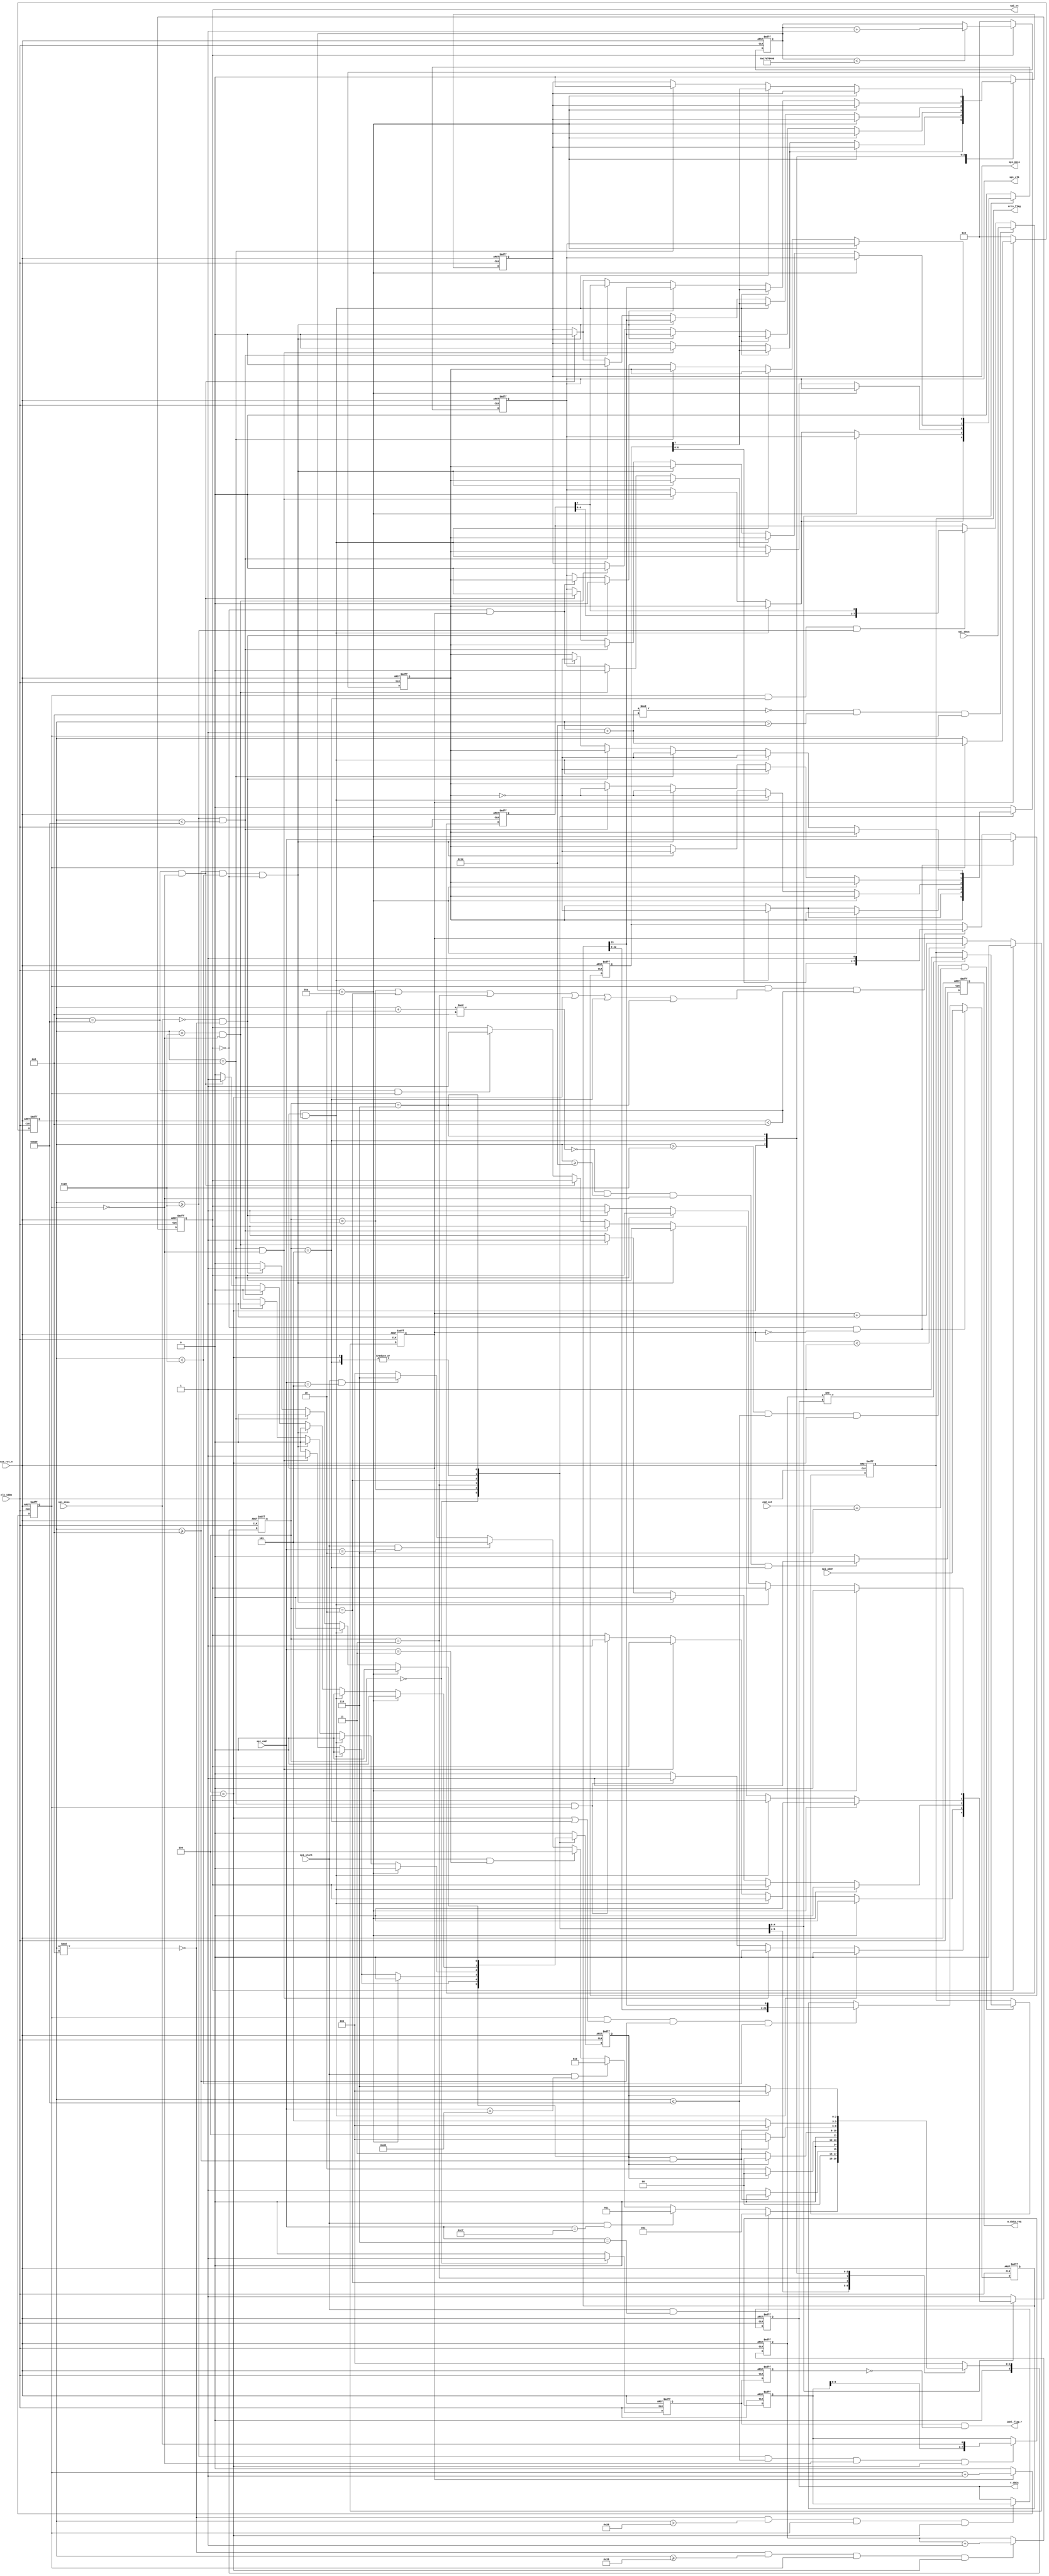
module spi_drive(

	input             clk_100m      ,
	input             sys_rst_n     ,
	
	//user interface
	input             spi_start     ,//spi
	input [7:0 ]      spi_cmd       ,//FLAH
	input [23:0]      spi_addr      ,//FLASH
	input [7:0 ]      spi_data      ,//FLASH
	input [3:0 ]      cmd_cnt       ,
	
	output            idel_flag_r   ,// 
	output reg        w_data_req    ,//FLASH 
	output reg [7:0]  r_data        ,//FLASH
	output reg        erro_flag     ,//
	
	//spi interface
	output reg        spi_cs        ,//SPI
	output reg        spi_clk       ,//
	output reg        spi_mosi      ,//
	input             spi_miso       //

);

//
parameter IDLE         =4'd0;//
parameter WEL          =4'd1;//
parameter S_ERA        =4'd2;//
parameter C_ERA        =4'd3;//
parameter READ         =4'd4;//
parameter WRITE        =4'd5;//
parameter R_STA_REG    =4'd6;

//
parameter WEL_CMD      =8'h06;
parameter S_ERA_CMD    =8'hd8;
parameter C_ERA_CMD    =8'hc7;
parameter READ_CMD     =8'h03;
parameter WRITE_CMD    =8'h02;
parameter R_STA_REG_CMD=8'h05;

//wire define
wire      idel_flag;

//reg define
reg[3:0]  current_state  ;
reg[3:0]  next_state     ;
reg[7:0 ] data_buffer    ;
reg[7:0 ] cmd_buffer     ;
reg[7:0 ] sta_reg        ;
reg[23:0] addr_buffer    ;
reg[31:0] bit_cnt        ;
reg       clk_cnt        ;
reg       dely_cnt       ;
reg[31:0] dely_state_cnt ;
reg[7:0 ] rd_data_buffer ;
reg       spi_clk0       ;
reg       stdone         ;
reg[7:0 ] data_check     ;
reg       idel_flag0     ;
reg       idel_flag1     ;

//*****************************************************
//**                    main code
//*****************************************************

assign idel_flag=(current_state==IDLE)?1:0;//
assign idel_flag_r=idel_flag0&&(~idel_flag1);//

always @(posedge clk_100m or negedge sys_rst_n )begin
	if(!sys_rst_n)begin
		idel_flag0<=1'b1;
		idel_flag1<=1'b1;
	end
	else begin
		idel_flag0<=idel_flag;
		idel_flag1<=idel_flag0;
	end
end

//     /*bit_cnt FLASH  1bit */
always @(posedge clk_100m or negedge sys_rst_n )begin//
	if(!sys_rst_n)
		w_data_req<=1'b0;
	else if((bit_cnt+2)%8==0&&bit_cnt>=30&&clk_cnt==0&&current_state==WRITE)
		w_data_req<=1'b1;
	else
		w_data_req<=1'b0;
end

always @(posedge clk_100m or negedge sys_rst_n )begin//
	if(!sys_rst_n)
		rd_data_buffer<=8'd0;
	else if(bit_cnt>=32&&bit_cnt<=2080&&clk_cnt==0&&current_state==READ)									
		rd_data_buffer<={rd_data_buffer[6:0],spi_miso};
	else
		rd_data_buffer<=rd_data_buffer;
end

always @(posedge clk_100m or negedge sys_rst_n )begin//
	if(!sys_rst_n)
		data_check<=8'd0;
	else if(bit_cnt%8==0&&bit_cnt>=40&&clk_cnt==1&&current_state==READ)
		data_check<=data_check+1'd1;
	else
		data_check<=data_check;
end
//
always @(posedge clk_100m or negedge sys_rst_n )begin//
	if(!sys_rst_n)
		r_data<=8'd0;
	else if(bit_cnt%8==0&&bit_cnt>38&&clk_cnt==1&&current_state==READ)
		r_data<=rd_data_buffer;
	else
		r_data<=r_data;
end

always @(posedge clk_100m or negedge sys_rst_n )begin//
	if(!sys_rst_n)
		erro_flag<=1'd0;
	else if(bit_cnt>32&&bit_cnt<=2080&&current_state==READ&&cmd_cnt==6)begin
		if(data_check!=r_data)
			erro_flag<=1'd1;
		else
			erro_flag<=erro_flag;
		end
	else
		erro_flag<=erro_flag;
end         //
//	
always @(posedge clk_100m or negedge sys_rst_n )begin
	if(!sys_rst_n)
		data_buffer<=8'd0;
	else if((bit_cnt+1)%8==0&&bit_cnt>30&&clk_cnt==1)
		data_buffer<=spi_data;
	else if(clk_cnt==1&&current_state==WRITE&&bit_cnt>=32)
		data_buffer<={data_buffer[6:0],data_buffer[7]};
	else
		data_buffer<=data_buffer;
end

always @(posedge clk_100m or negedge sys_rst_n )begin
	if(!sys_rst_n)
		cmd_buffer<=8'd0;
	else if(spi_cs==0&&dely_cnt==0)
		cmd_buffer<=spi_cmd;
	else if(clk_cnt==1&&(current_state==WEL||current_state==S_ERA||current_state==C_ERA
	       ||current_state==READ||current_state==WRITE||current_state==R_STA_REG)&&bit_cnt<8)
		cmd_buffer<={cmd_buffer[6:0],1'b1};
	else
		cmd_buffer<=cmd_buffer;
end

always @(posedge clk_100m or negedge sys_rst_n )begin
	if(!sys_rst_n)
		addr_buffer<=8'd0;
	else if(spi_cs==0&&dely_cnt==0)
		addr_buffer<=spi_addr;
	else if(clk_cnt==1&&(current_state==READ||current_state==WRITE)&&bit_cnt>=8&&bit_cnt<32)
		addr_buffer<={addr_buffer[22:0],addr_buffer[23]};
	else
		addr_buffer<=addr_buffer;
end

always @(posedge clk_100m or negedge sys_rst_n )begin
	if(!sys_rst_n)
		clk_cnt<=1'd0;
	else if(dely_cnt==1)
		clk_cnt<=clk_cnt+1'd1;
	else 
		clk_cnt<=1'd0;
end

always @(posedge clk_100m or negedge sys_rst_n )begin
	if(!sys_rst_n)
		dely_cnt<=1'd0;
	else if(spi_cs==0)begin
	    if(dely_cnt<1)
			dely_cnt<=dely_cnt+1'd1;
		else
			dely_cnt<=dely_cnt;
	end
	else
		dely_cnt<=1'd0;
end

always @(posedge clk_100m or negedge sys_rst_n )begin
	if(!sys_rst_n)
		dely_state_cnt<=1'd0;
	else if(spi_cs)begin
	    if(dely_state_cnt<400000000)
			dely_state_cnt<=dely_state_cnt+1'd1;
		else
			dely_state_cnt<=dely_state_cnt;
	end
	else
		dely_state_cnt<=1'd0;
end

always @(posedge clk_100m or negedge sys_rst_n )begin
	if(!sys_rst_n)
		bit_cnt<=11'd0;
	else if(dely_cnt==1)begin
			if(clk_cnt==1'b1)
				bit_cnt<=bit_cnt+1'd1;
			else
				bit_cnt<=bit_cnt;
	end
	else
		bit_cnt<=11'd0;
end
		
//
always @(posedge clk_100m or negedge sys_rst_n )begin
	if(!sys_rst_n)
		current_state<=IDLE;
	else
		current_state<=next_state;
end

always @(*)begin

	case(current_state)
	
	   IDLE: begin
	          if(spi_start&&spi_cmd==WEL_CMD)
				next_state=WEL;
			  else if(spi_start&&spi_cmd==C_ERA_CMD)
				next_state=C_ERA;
			  else if(spi_start&&spi_cmd==S_ERA_CMD)
				next_state=S_ERA;
			  else if(spi_start&&spi_cmd==READ_CMD)
				next_state=READ;
			  else if(spi_start&&spi_cmd==WRITE_CMD)
				next_state=WRITE;
			  else if(spi_start&&spi_cmd==R_STA_REG_CMD)
				next_state=R_STA_REG;
			  else
	            next_state=IDLE;
			end
	
		WEL: begin
			  if(stdone&&bit_cnt>=8)
				   next_state=IDLE;
			  else
		           next_state=WEL;
			  end
			 
		S_ERA: begin
				if(stdone)
					next_state=IDLE;
				else
					next_state=S_ERA;
				end
		C_ERA: begin		
				if(stdone)
					next_state=IDLE;
				else
					next_state=C_ERA;
				end
		READ: begin 		
				if(stdone&&bit_cnt>=8)
					next_state=IDLE;
				else
					next_state=READ;
				end
		WRITE: begin		
				 if(stdone&&bit_cnt>=8)
					next_state=IDLE;
				else
					next_state=WRITE;
				end
		R_STA_REG: begin		
				 if(stdone)
					next_state=IDLE;
				else
					next_state=R_STA_REG;
				end
		
	default: next_state=IDLE;			
	endcase				
end
									
always @(posedge clk_100m or negedge sys_rst_n )begin
	if(!sys_rst_n) begin
		spi_cs<=1'b1;
		spi_clk<=1'b0;
		spi_clk0<=1'b0;
		spi_mosi<=1'b0;	
		stdone<=1'b0;		
	end
	else begin
		case(current_state)
			IDLE: begin
				spi_cs<=1'b1;
				spi_clk<=1'b0;
				spi_mosi<=1'b0;				
			end
			
			WEL: begin
			     stdone<=1'b0;
				 spi_cs<=1'b0;
					 if(dely_cnt==1&&bit_cnt<8) begin						
						spi_clk0<=~spi_clk0;
						spi_clk<=spi_clk0;
						spi_mosi<=cmd_buffer[7];
						end
					 else if(bit_cnt==8&&clk_cnt==0)begin
					    stdone<=1'b1;
						spi_clk<=1'b0;						
						spi_mosi<=1'b0;						
					 end
					 else if(bit_cnt==8&&clk_cnt==1)begin
						spi_cs<=1'b1;						
                     end
				  end
			C_ERA: begin
					stdone<=1'b0;
			         if(dely_state_cnt==10)                
						spi_cs<=1'b0;
					 else if(dely_cnt==1&&bit_cnt<8) begin						
						spi_clk0<=~spi_clk0;
						spi_clk<=spi_clk0;
						spi_mosi<=cmd_buffer[7];
						end
					 else if(bit_cnt==8&&clk_cnt==0)begin
					    stdone<=1'b1;				    
						spi_clk<=1'b0;
						spi_mosi<=1'b0;	
					 end
					 else if(bit_cnt==8&&clk_cnt==1)begin
						spi_cs<=1'b1;						
				     end
				  end
			S_ERA: begin
			       stdone<=1'b0;				 
					if(dely_state_cnt==10)                
						spi_cs<=1'b0;
					 else if(dely_cnt==1&&bit_cnt<8) begin						
						spi_clk0<=~spi_clk0;
						spi_clk<=spi_clk0;
						spi_mosi<=cmd_buffer[7];
						end
					 else if(bit_cnt>=8&&bit_cnt<32&&spi_cs==0)begin
					    spi_cs<=1'b0;
						spi_clk0<=~spi_clk0;
						spi_clk<=spi_clk0;
						spi_mosi<=addr_buffer[23];
					 end
					 else if(bit_cnt==32&&clk_cnt==0) begin
						spi_cs<=1'b1;
						spi_clk<=1'b0;
						spi_mosi<=1'b0;
						stdone<=1'b1;
					 end
				 end
            READ: begin
			      stdone<=1'b0;
				  if(dely_state_cnt==10)                
						spi_cs<=1'b0;
					else if(dely_cnt==1&&bit_cnt<8) begin						
						spi_clk0<=~spi_clk0;
						spi_clk<=spi_clk0;
						spi_mosi<=cmd_buffer[7];
						end
					 else if(bit_cnt>=8&&bit_cnt<32&&spi_cs==0)begin					    
						spi_clk0<=~spi_clk0;
						spi_clk<=spi_clk0;
						spi_mosi<=addr_buffer[23];
					 end
					 else if(bit_cnt>=32&&bit_cnt<2080)begin						
						spi_clk0<=~spi_clk0;
						spi_clk<=spi_clk0;
						spi_mosi<=1'b0;						
					 end
					 else if(bit_cnt==2080&&clk_cnt==0) begin						
						spi_clk<=1'b0;
						spi_mosi<=1'b0;
						stdone<=1'b1;						
					 end
					  else if(bit_cnt==2080&&clk_cnt==1) begin
						spi_cs<=1'b1;
					 end
				 end
            WRITE: begin
			     stdone<=1'b0;
				  if(dely_state_cnt==10)                
						spi_cs<=1'b0;
					 else if(dely_cnt==1&&bit_cnt<8) begin						
						spi_clk0<=~spi_clk0;
						spi_clk<=spi_clk0;
						spi_mosi<=cmd_buffer[7];
						end
					 else if(bit_cnt>=8&&bit_cnt<32&&spi_cs==0)begin					   
						spi_clk0<=~spi_clk0;
						spi_clk<=spi_clk0;
						spi_mosi<=addr_buffer[23];
					 end
					 else if(bit_cnt>=32&&bit_cnt<2080)begin						
						spi_clk0<=~spi_clk0;
						spi_clk<=spi_clk0;
						spi_mosi<=data_buffer[7];
					 end
					 else if(bit_cnt==2080&&clk_cnt==0) begin
						
						spi_clk<=1'b0;
						spi_mosi<=1'b0;
						stdone<=1'b1;
					 end
					  else if(bit_cnt==2080&&clk_cnt==1) begin
						spi_cs<=1'b1;
					 end
                  end
			R_STA_REG:begin				              
						stdone<=1'b0;
				     if(dely_state_cnt==10)                
						spi_cs<=1'b0;
					else if(dely_cnt==1&&bit_cnt<8)begin						
						spi_clk0<=~spi_clk0;
						spi_clk<=spi_clk0;
						spi_mosi<=cmd_buffer[7];
						end
					 else if(bit_cnt==8)begin					   				    
						spi_clk0<=~spi_clk0;
						spi_clk<=spi_clk0;
						spi_mosi<=1'b0;						
					 end                      				 
					  else if(~spi_miso&&bit_cnt%8==0)begin
					    spi_clk<=1'b0;
						spi_cs<=1'b1;
						stdone<=1'b1;
				      end
					 else if(~spi_cs&&dely_cnt==1)begin
						spi_clk0<=~spi_clk0;
						spi_clk<=spi_clk0;
				 end	   			         	 
			  end 
             default: begin
			            stdone<=1'b0;
                        spi_cs<=1'b1;
				        spi_clk<=1'b0;
						spi_clk0<=1'b0;
				        spi_mosi<=1'b0;				        
			end
         endcase
	end
end

endmodule